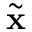
\tilde { \mathbf { x } }